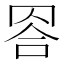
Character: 𦊭